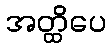
အတ္ထိပေ